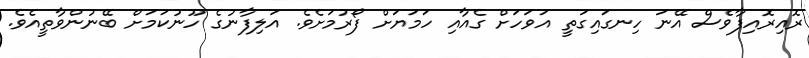
ރޮއިރޮއިފާވެސް އޭނަ ހިނގައިގަތީ އަވަހަށް ގެއާއި ހަމަޔަށް ފޯރުމަށެވެ. އަލިފާނުގެ ހޫނުކަމަށް ބޭނުންވާތީއެވެ.